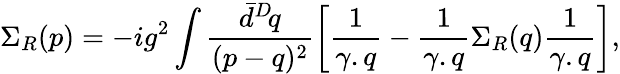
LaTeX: \Sigma_{R}(p)=-ig^{2}\int\frac{\bar{d}^{D}\! q}{(p-q)^{2}}\left[\frac{1}{\gamma.q}-\frac{1}{\gamma.q}\Sigma_{R}(q)\frac{1}{\gamma.q}\right],